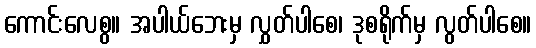
ကောင်းလေစွ။ အပါယ်ဘေးမှ လွှတ်ပါစေ၊ ဒုစရိုက်မှ လွတ်ပါစေ။